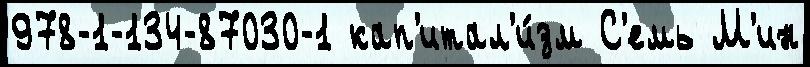
978-1-134-87030-1 кап'итал'и́зм С'емь М'ин